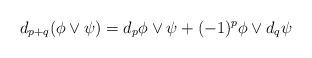
LaTeX: \begin{align*}d_{p+q}(\phi\vee\psi)=d_p\phi\vee\psi + (-1)^p\phi\vee d_q\psi\end{align*}